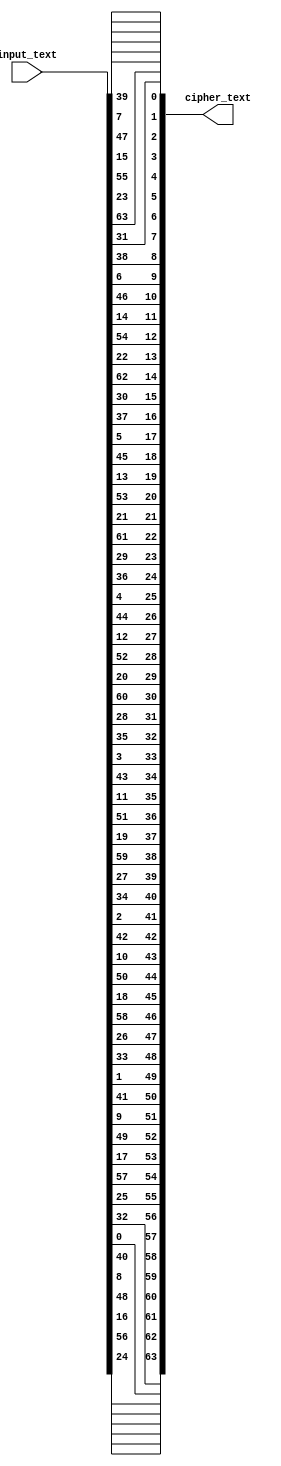
module final_permutation (cipher_text, input_text);

input [64:1] input_text;
output reg [64:1] cipher_text;

assign cipher_text[1] = input_text[40];
assign cipher_text[2] = input_text[8];
assign cipher_text[3] = input_text[48];
assign cipher_text[4] = input_text[16];
assign cipher_text[5] = input_text[56];
assign cipher_text[6] = input_text[24];
assign cipher_text[7] = input_text[64];
assign cipher_text[8] = input_text[32];
assign cipher_text[9] = input_text[39];
assign cipher_text[10] = input_text[7];
assign cipher_text[11] = input_text[47];
assign cipher_text[12] = input_text[15];
assign cipher_text[13] = input_text[55];
assign cipher_text[14] = input_text[23];
assign cipher_text[15] = input_text[63];
assign cipher_text[16] = input_text[31];
assign cipher_text[17] = input_text[38];
assign cipher_text[18] = input_text[6];
assign cipher_text[19] = input_text[46];
assign cipher_text[20] = input_text[14];
assign cipher_text[21] = input_text[54];
assign cipher_text[22] = input_text[22];
assign cipher_text[23] = input_text[62];
assign cipher_text[24] = input_text[30];
assign cipher_text[25] = input_text[37];
assign cipher_text[26] = input_text[5];
assign cipher_text[27] = input_text[45];
assign cipher_text[28] = input_text[13];
assign cipher_text[29] = input_text[53];
assign cipher_text[30] = input_text[21];
assign cipher_text[31] = input_text[61];
assign cipher_text[32] = input_text[29];
assign cipher_text[33] = input_text[36];
assign cipher_text[34] = input_text[4];
assign cipher_text[35] = input_text[44];
assign cipher_text[36] = input_text[12];
assign cipher_text[37] = input_text[52];
assign cipher_text[38] = input_text[20];
assign cipher_text[39] = input_text[60];
assign cipher_text[40] = input_text[28];
assign cipher_text[41] = input_text[35];
assign cipher_text[42] = input_text[3];
assign cipher_text[43] = input_text[43];
assign cipher_text[44] = input_text[11];
assign cipher_text[45] = input_text[51];
assign cipher_text[46] = input_text[19];
assign cipher_text[47] = input_text[59];
assign cipher_text[48] = input_text[27];
assign cipher_text[49] = input_text[34];
assign cipher_text[50] = input_text[2];
assign cipher_text[51] = input_text[42];
assign cipher_text[52] = input_text[10];
assign cipher_text[53] = input_text[50];
assign cipher_text[54] = input_text[18];
assign cipher_text[55] = input_text[58];
assign cipher_text[56] = input_text[26];
assign cipher_text[57] = input_text[33];
assign cipher_text[58] = input_text[1];
assign cipher_text[59] = input_text[41];
assign cipher_text[60] = input_text[9];
assign cipher_text[61] = input_text[49];
assign cipher_text[62] = input_text[17];
assign cipher_text[63] = input_text[57];
assign cipher_text[64] = input_text[25];

endmodule